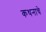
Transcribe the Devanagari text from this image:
कथनाचे